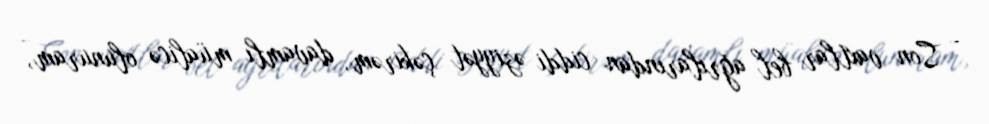
- Son vaxtlar bel ağrılarından ciddi əziyyət çəkirəm, davamlı müalicə olunuram,